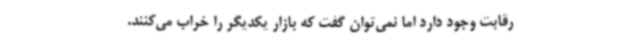
رقابت وجود دارد اما نمی‌توان گفت که بازار یکدیگر را خراب می‌کنند.